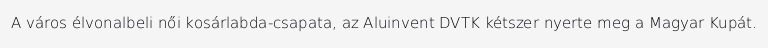
A város élvonalbeli női kosárlabda-csapata, az Aluinvent DVTK kétszer nyerte meg a Magyar Kupát.